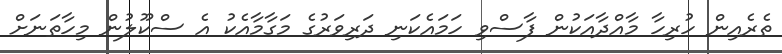
ތެރެއިން ހުރިހާ މާއްދާއަކުން ފާސްވި ހަމައެކަނި ދަރިވަރުގެ މަގާމާއެކު އެ ސްކޫލުން މިހާތަނަށް